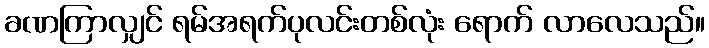
ခဏကြာလျှင် ရမ်အရက်ပုလင်းတစ်လုံး ရောက် လာလေသည်။